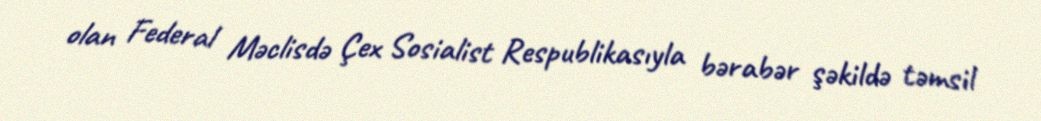
olan Federal Məclisdə Çex Sosialist Respublikasıyla bərabər şəkildə təmsil